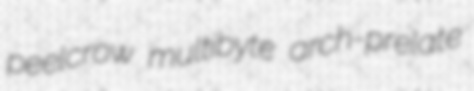
peelcrow multibyte arch-prelate